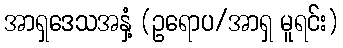
အာရှဒေသအနှံ့ (ဥရောပ/အာရှ မူရင်း)